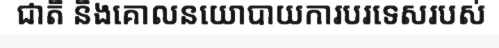
ជាតិ និងគោលនយោបាយការបរទេសរបស់